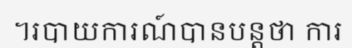
។របាយការណ៍បានបន្តថា ការ